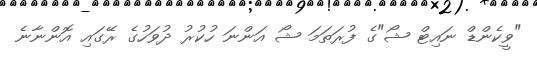
"ވީކެންޑް ނައިޓް ޝޯ"ގެ ފުރަތަމަ ޝޯ އަންނަ ހުކުރު ދުވަހުގެ ރޭގައި އޮންނާނެ